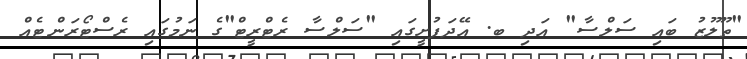
"ތޫލޫޒު ބައި ސަލްސާ" އަދި ބ. އޭދަފުށީގައި "ސަލްސާ ރެޓްރީޓް"ގެ ނަމުގައި ރެސްޓޯރަންޓެއް